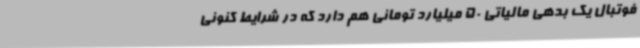
فوتبال یک بدهی مالیاتی 50 میلیارد تومانی هم دارد که در شرایط کنونی